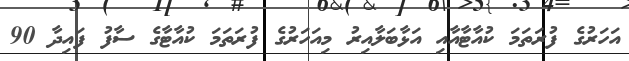
އަހަރުގެ ފުރަތަމަ ކުއާޓާއާއި އަޅާބަލާއިރު މިއަހަރުގެ ފުރަތަމަ ކުއާޓާގެ ސާފު ފައިދާ 90